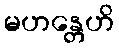
မဟန္တေဟိ